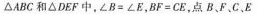
△ABC和△DEF中，$$∠ B = ∠ E$$，$$B F = C E$$，点B、F、C、E